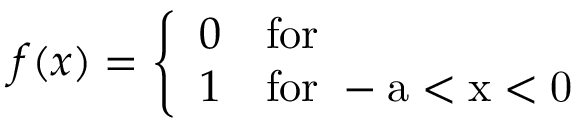
f ( x ) = \left\{ \begin{array} { l l } { { 0 } } & { { \mathrm { f o r ~ } } } \\ { { 1 } } & { { \mathrm { f o r ~ - a < x < 0 ~ } } } \end{array} \right.